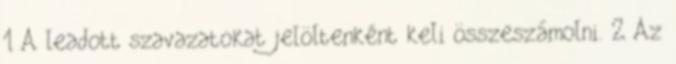
1 A leadott szavazatokat jelöltenként keli összeszámolni. 2 Az